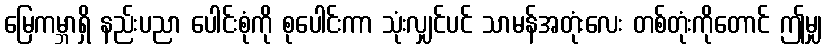
မြေကမ္ဘာရှိ နည်းပညာ ပေါင်းစုံကို စုပေါင်းကာ သုံးလျှင်ပင် သာမန်အတုံးလေး တစ်တုံးကိုတောင် ဤမျှ